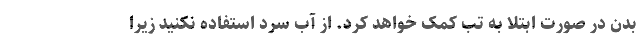
بدن در صورت ابتلا به تب کمک خواهد کرد. از آب سرد استفاده نکنید زیرا